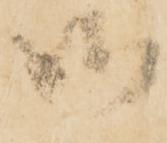
御